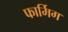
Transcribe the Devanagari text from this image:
फार्मिग